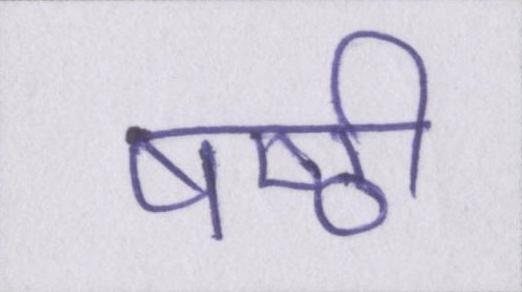
षष्ठी